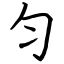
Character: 匀